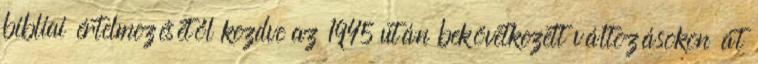
bibliai értelmezésétől kezdve az 1945 után bekövetkezett változásokon át